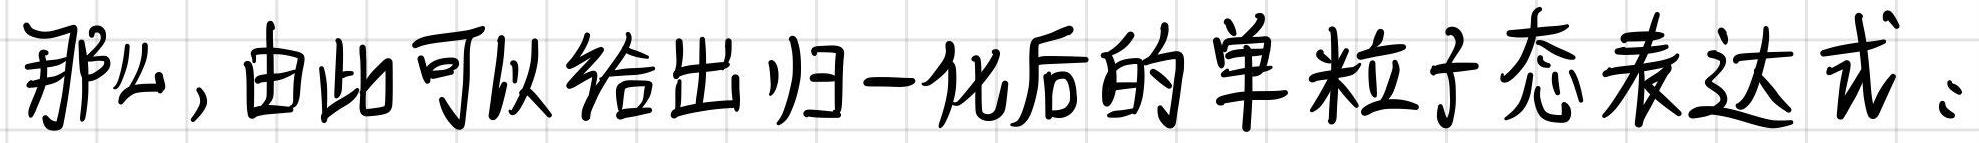
那么,由此可以给出归一化后的单粒子态表达式: